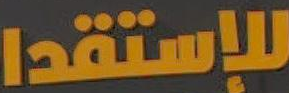
للإستقدا